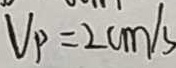
V _ { p } = 2 c m / s